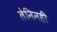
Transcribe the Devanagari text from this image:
लेनिनही